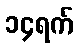
၁၄ရက်